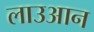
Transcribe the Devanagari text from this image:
लाउआन